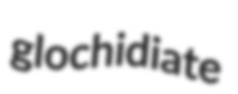
glochidiate